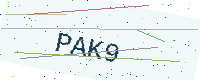
Text: PAK9